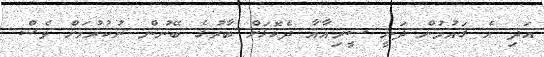
އަދި އެ ގައުމުން ދަނީ ސީރިއާއާ ދެކޮޅަށް ބާރުގެ ބޭނުން ނުކުރުމަށް ވެސް